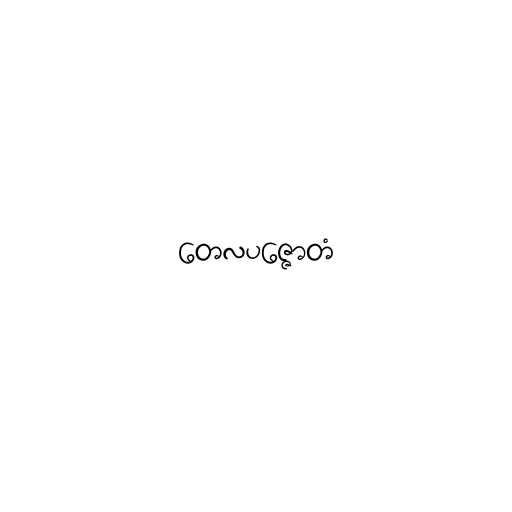
တေလပဇ္ဇောတံ